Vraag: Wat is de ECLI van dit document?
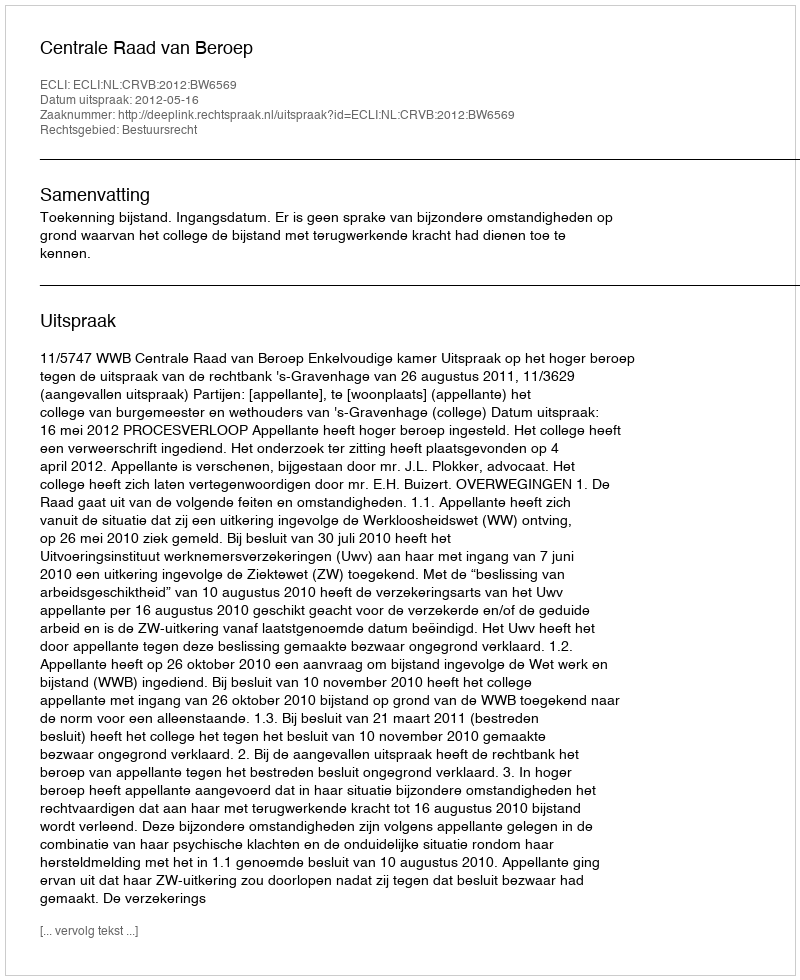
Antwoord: ECLI:NL:CRVB:2012:BW6569